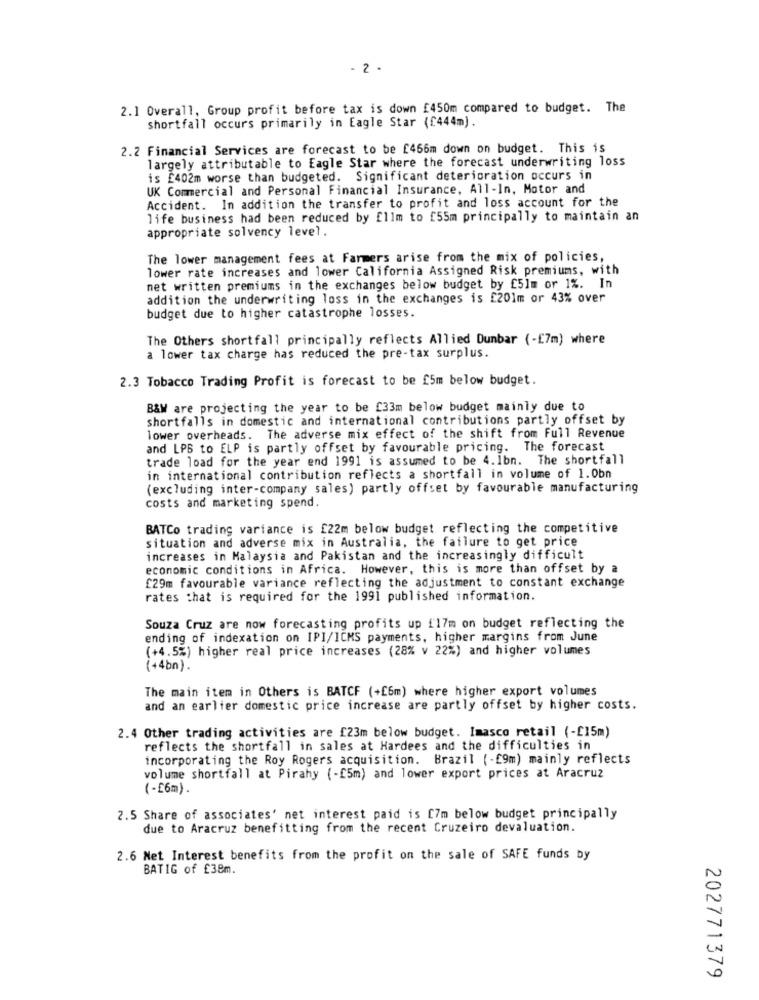
- 2 .
2.1 Overall, Group profit before tax is down £450m compared to budget. The
shortfall occurs primarily in Eagle Star (£444m).
2.2 Financial Services are forecast to be £466m down on budget. This is
largely attributable to Eagle Star where the forecast underwriting loss
is £402m worse than budgeted. Significant deterioration occurs in
UK Commercial and Personal Financial Insurance, All-In, Motor and
Accident. In addition the transfer to profit and loss account for the
life business had been reduced by fllm to £55m principally to maintain an
appropriate solvency level.
The lower management fees at Farmers arise from the mix of policies,
lower rate increases and lower California Assigned Risk premiums, with
net written premiums in the exchanges below budget by £51m or 1%. In
addition the underwriting loss in the exchanges is £201m or 43% over
budget due to higher catastrophe losses.
The Others shortfall principally reflects Allied Dunbar (-£7m) where
a lower tax charge has reduced the pre-tax surplus.
2.3 Tobacco Trading Profit is forecast to be £5m below budget.
B&W are projecting the year to be £33m below budget mainly due to
shortfalls in domestic and international contributions partly offset by
lower overheads. The adverse mix effect of the shift from Full Revenue
and LPB to ELP is partly offset by favourable pricing. The forecast
trade load for the year end 1991 is assumed to be 4.Ibn. The shortfall
in international contribution reflects a shortfall in volume of 1.0bn
(excluding inter-company sales) partly offset by favourable manufacturing
costs and marketing spend.
BATCo trading variance is £22m below budget reflecting the competitive
situation and adverse mix in Australia, the failure to get price
increases in Malaysia and Pakistan and the increasingly difficult
economic conditions in Africa. However, this is more than offset by a
£29m favourable variance reflecting the adjustment to constant exchange
rates that is required for the 1991 published information.
Souza Cruz are now forecasting profits up [17m on budget reflecting the
ending of indexation on IPI/ICMS payments, higher margins from June
(+4.5%) higher real price increases (28% v 22%) and higher volumes
(+4bn) .
The main item in Others is BATCF (+[6m) where higher export volumes
and an earlier domestic price increase are partly offset by higher costs.
2.4 Other trading activities are £23m below budget. Imasco retail (-[15m)
reflects the shortfall in sales at Hardees and the difficulties in
incorporating the Roy Rogers acquisition. Brazil (-£9m) mainly reflects
volume shortfall at Pirahy (-£5m) and lower export prices at Aracruz
(-£6m).
2.5 Share of associates' net interest paid is [7m below budget principally
due to Aracruz benefitting from the recent Cruzeiro devaluation.
2.6 Net Interest benefits from the profit on the sale of SAFE funds by
BATIG of £38m.
202771379